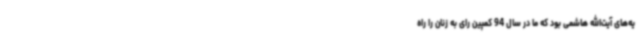
یه‌های آیت‌الله هاشمی بود که ما در سال 94 کمپین رای به زنان را راه